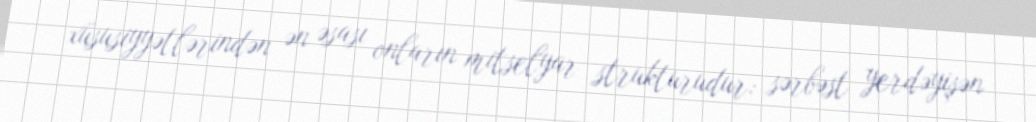
xüsusiyyətlərindən ən əsası onların mitselyar strukturudur: sərbəst yerdəyişən